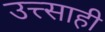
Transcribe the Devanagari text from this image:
उत्त्साही